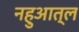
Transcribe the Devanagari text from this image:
नहुआत्ल